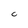
Character: C